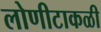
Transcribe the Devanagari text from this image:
लोणीटाकळी